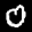
Label: 0